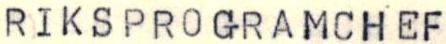
RIKSPROGRAMCHEF